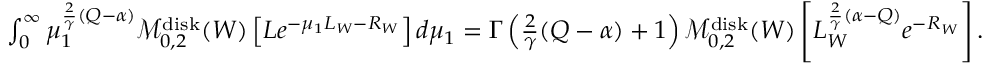
\begin{array} { r } { \int _ { 0 } ^ { \infty } \mu _ { 1 } ^ { \frac { 2 } { \gamma } ( Q - \alpha ) } \mathcal M _ { 0 , 2 } ^ { \mathrm { d i s k } } ( W ) \left[ L e ^ { - \mu _ { 1 } L _ { W } - R _ { W } } \right] d \mu _ { 1 } = \Gamma \left( \frac { 2 } { \gamma } ( Q - \alpha ) + 1 \right) \mathcal M _ { 0 , 2 } ^ { \mathrm { d i s k } } ( W ) \left[ L _ { W } ^ { \frac { 2 } { \gamma } ( \alpha - Q ) } e ^ { - R _ { W } } \right] . } \end{array}